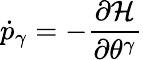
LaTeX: \dot{p}_{\gamma}=-\frac{\partial\mathcal{H}}{\partial\theta^{\gamma}}